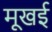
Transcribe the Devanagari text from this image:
मूखई